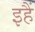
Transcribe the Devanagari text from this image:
इहैं